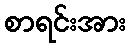
စာရင်းအား